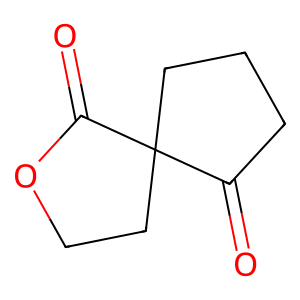
SMILES: O=C1CCCC12CCOC2=O
Inhibits HIV replication: No